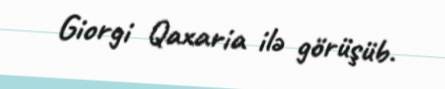
Giorgi Qaxaria ilə görüşüb.